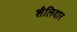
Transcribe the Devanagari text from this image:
शैलिदार